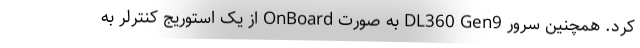
کرد. همچنین سرور DL360 Gen9 به صورت OnBoard از یک استوریج کنترلر به